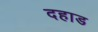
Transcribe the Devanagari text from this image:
दहाड